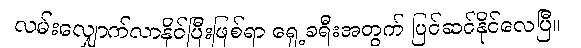
လမ်းလျှောက်လာနိုင်ပြီးဖြစ်ရာ ရှေ့ခရီးအတွက် ပြင်ဆင်နိုင်လေပြီ။